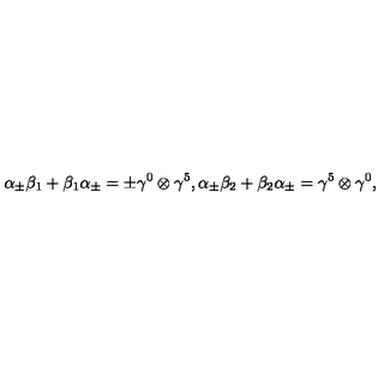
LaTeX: { \alpha } _ { \pm } { \beta } _ { 1 } + { \beta } _ { 1 } { \alpha } _ { \pm } = \pm { \gamma } ^ { 0 } \otimes { \gamma } ^ { 5 } , { \alpha } _ { \pm } { \beta } _ { 2 } + { \beta } _ { 2 } { \alpha } _ { \pm } = { \gamma } ^ { 5 } \otimes { \gamma } ^ { 0 } ,